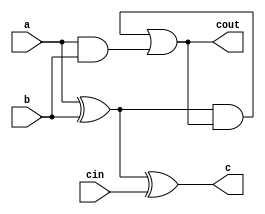
`timescale 1ns / 1ps

module full_adder_a(
    input a,b,cin, output c, cout
    );
    assign c = (a^b)^cin;
    assign cout = (a^b)&cout | (a&b);
endmodule